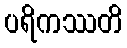
ပရိကဿတိ